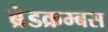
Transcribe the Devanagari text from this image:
ब्रेडक्रम्बस